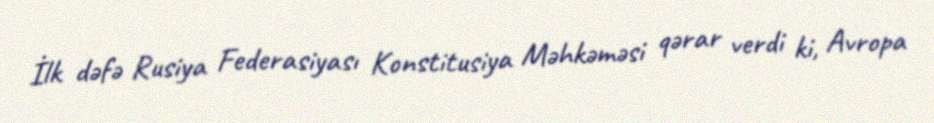
İlk dəfə Rusiya Federasiyası Konstitusiya Məhkəməsi qərar verdi ki, Avropa